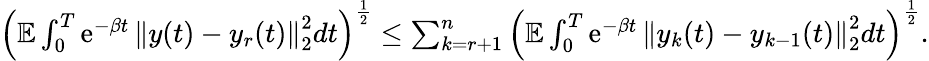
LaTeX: \begin{array}{r}{\left(\mathbb E\int_{0}^{T}\operatorname{e}^{-\beta t}\left\| y(t)-y_{r}(t)\right\| _{2}^{2}dt\right)^{\frac{1}{2}}\leq\sum_{k=r+1}^{n}\left(\mathbb E\int_{0}^{T}\operatorname{e}^{-\beta t}\left\| y_{k}(t)-y_{k-1}(t)\right\| _{2}^{2}dt\right)^{\frac{1}{2}}.}\end{array}